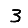
Digit: 3